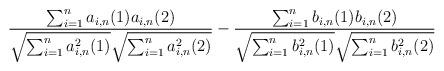
LaTeX: \begin{align*}\frac{\sum_{i = 1}^n a_{i,n}(1) a_{i,n}(2)}{\sqrt{\sum_{i = 1}^n a_{i,n}^2(1) } \sqrt{ \sum_{i = 1}^n a^2_{i,n}(2)}} - \frac{\sum_{i = 1}^n b_{i,n}(1) b_{i,n}(2)}{\sqrt{\sum_{i = 1}^n b_{i,n}^2(1)} \sqrt{\sum_{i = 1}^n b^2_{i,n}(2)}}\end{align*}